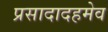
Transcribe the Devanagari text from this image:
प्रसादादहमेव